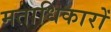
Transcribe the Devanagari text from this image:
मताधिकारों